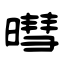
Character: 暳